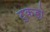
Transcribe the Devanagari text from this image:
टुकडो़